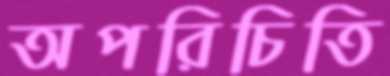
অপরিচিতি